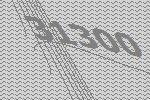
31300